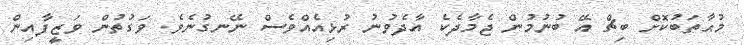
މުޙާތަބުކޮށް ބިޗް އޭ ބުނުމުން ޖެމާދެކެ އާދެވުނު ރުޅިއެއްވެސް ނޭނގުނެވެ. ވަގުތުން ވަޒީފާއިން